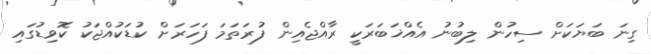
ގިނަ ބަޔަކަށް ސިހުން ލިބުނު އެއްޚަބަރަކީ ރާއްޖެއިން ފުރަތަމަ ފަހަރަށް ކުޑަކުއްޖަކު ކޮވިޑުގައި